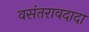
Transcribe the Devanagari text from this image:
वसंतरावदादा